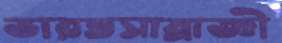
ভারতসাম্রাজ্ঞী